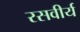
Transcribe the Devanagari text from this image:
रसवीर्य